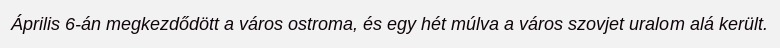
Április 6-án megkezdődött a város ostroma, és egy hét múlva a város szovjet uralom alá került.